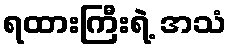
ရထားကြီးရဲ့ အသံ